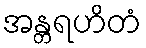
အန္တရဟိတံ